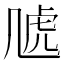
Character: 𧆡